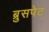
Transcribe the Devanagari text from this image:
ब्रुसपेट